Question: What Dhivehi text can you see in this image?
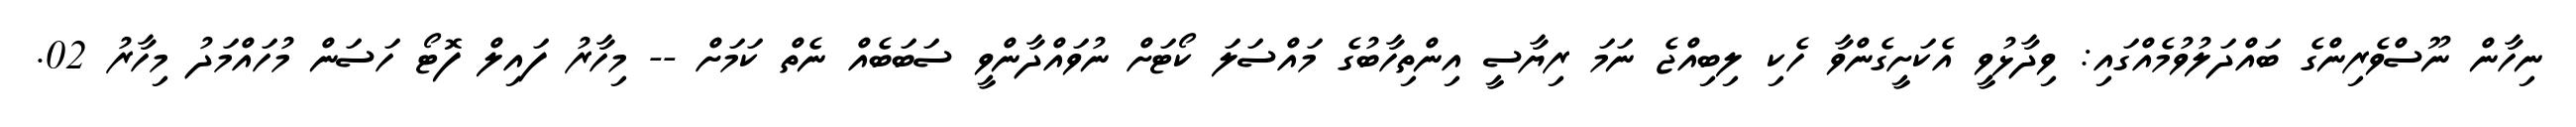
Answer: ނިހާން ނޫސްވެރިންގެ ބައްދަލުވުމެއްގައި: ވިދާޅުވީ އެކަށީގެންވާ ހެކި ލިބިއްޖެ ނަމަ ރިޔާސީ އިންތިހާބުގެ މައްސަލަ ކޯޓަށް ނުވައްދާންވީ ސަބަބެއް ނެތް ކަމަށް -- މިހާރު ފައިލް ފޮޓޯ ހަސަން މުހައްމަދު މިހާރު 02.